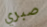
صبري